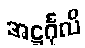
အဋ္ဌင်္ဂုလိ